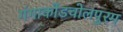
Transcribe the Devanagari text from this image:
गंगाकोंडचोलपुरम